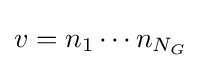
v=n_{1}\cdots n_{N_{G}}